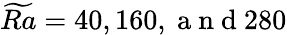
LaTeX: \widetilde{Ra}=40,160,\mathrm{~a~n~d~}280